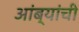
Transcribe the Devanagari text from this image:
आंब्यांची